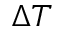
\Delta T